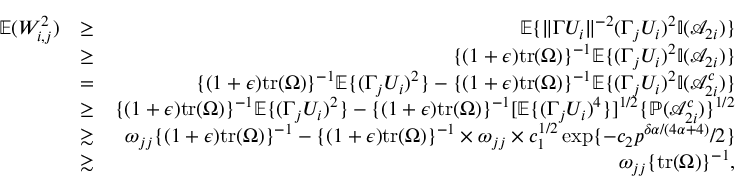
\begin{array} { r l r } { { \mathbb { E } } ( W _ { i , j } ^ { 2 } ) } & { \geq } & { { \mathbb { E } } \{ \| \Gamma U _ { i } \| ^ { - 2 } ( \Gamma _ { j } U _ { i } ) ^ { 2 } { \mathbb { I } } ( \mathcal { A } _ { 2 i } ) \} } \\ & { \geq } & { \{ ( 1 + \epsilon ) \mathrm { t r } ( \Omega ) \} ^ { - 1 } { \mathbb { E } } \{ ( \Gamma _ { j } U _ { i } ) ^ { 2 } { \mathbb { I } } ( \mathcal { A } _ { 2 i } ) \} } \\ & { = } & { \{ ( 1 + \epsilon ) \mathrm { t r } ( \Omega ) \} ^ { - 1 } { \mathbb { E } } \{ ( \Gamma _ { j } U _ { i } ) ^ { 2 } \} - \{ ( 1 + \epsilon ) \mathrm { t r } ( \Omega ) \} ^ { - 1 } { \mathbb { E } } \{ ( \Gamma _ { j } U _ { i } ) ^ { 2 } { \mathbb { I } } ( \mathcal { A } _ { 2 i } ^ { c } ) \} } \\ & { \geq } & { \{ ( 1 + \epsilon ) \mathrm { t r } ( \Omega ) \} ^ { - 1 } { \mathbb { E } } \{ ( \Gamma _ { j } U _ { i } ) ^ { 2 } \} - \{ ( 1 + \epsilon ) \mathrm { t r } ( \Omega ) \} ^ { - 1 } [ { \mathbb { E } } \{ ( \Gamma _ { j } U _ { i } ) ^ { 4 } \} ] ^ { 1 / 2 } \{ { \mathbb { P } } ( \mathcal { A } _ { 2 i } ^ { c } ) \} ^ { 1 / 2 } } \\ & { \gtrsim } & { \omega _ { j j } \{ ( 1 + \epsilon ) \mathrm { t r } ( \Omega ) \} ^ { - 1 } - \{ ( 1 + \epsilon ) \mathrm { t r } ( \Omega ) \} ^ { - 1 } \times \omega _ { j j } \times c _ { 1 } ^ { 1 / 2 } \exp \{ - c _ { 2 } p ^ { \delta \alpha / ( 4 \alpha + 4 ) } / 2 \} } \\ & { \gtrsim } & { \omega _ { j j } \{ \mathrm { t r } ( \Omega ) \} ^ { - 1 } , } \end{array}